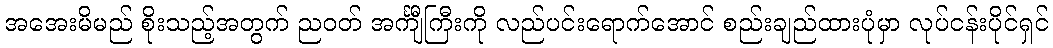
အအေးမိမည် စိုးသည့်အတွက် ညဝတ် အင်္ကျီကြီးကို လည်ပင်းရောက်အောင် စည်းချည်ထားပုံမှာ လုပ်ငန်းပိုင်ရှင်